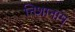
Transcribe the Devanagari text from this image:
निशानाम्